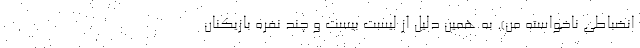
انضباطی ناخواسته من). به همین دلیل از لیست بیست و چند نفره بازیکنان